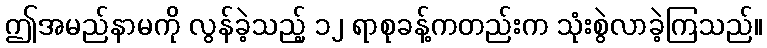
ဤအမည်နာမကို လွန်ခဲ့သည့် ၁၂ ရာစုခန့်ကတည်းက သုံးစွဲလာခဲ့ကြသည်။